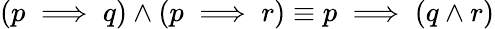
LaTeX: (p\implies q)\wedge(p\implies r)\equiv p\implies(q\wedge r)